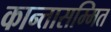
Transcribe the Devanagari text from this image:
कान्तासम्मित